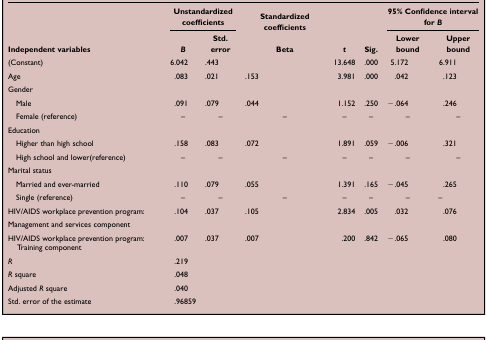
| <ROWSPAN=2> Independent variables | <COLSPAN=2> Unstandardized coefficients | Standardized coefficients | <ROWSPAN=2> t | <ROWSPAN=2> Sig. | <COLSPAN=2> 95% Confidence interval for B |
 | B | Std. error | Beta | Lower bound | Upper bound |
 | --- | --- | --- | --- | --- | --- | --- | --- |
 | (Constant) | 6.042 | .443 |  | 13.648 | .000 | 5.172 | 6.911 |
 | Age | .083 | .021 | .153 | 3.981 | .000 | .042 | .123 |
 | <COLSPAN=8> Gender |
 | Male | .091 | .079 | .044 | 1.152 | .250 | −.064 | .246 |
 | Female (reference) | – | – | – | – | – | – | – |
 | <COLSPAN=8> Education |
 | Higher than high school | .158 | .083 | .072 | 1.891 | .059 | −.006 | .321 |
 | High school and lower(reference) | – | – | – | – | – | – | – |
 | <COLSPAN=8> Marital status |
 | Married and ever-married | .110 | .079 | .055 | 1.391 | .165 | −.045 | .265 |
 | Single (reference) | – | – | – | – | – | – | – |
 | HIV/AIDS workplace prevention program: | .104 | .037 | .105 | 2.834 | .005 | .032 | .076 |
 | Management and services component |  |  |  |  |  |  |  |
 | HIV/AIDS workplace prevention program: Training component | .007 | .037 | .007 | .200 | .842 | −.065 | .080 |
 | R | .219 |  |  |  |  |  |  |
 | R square | .048 |  |  |  |  |  |  |
 | Adjusted R square | .040 |  |  |  |  |  |  |
 | Std. error of the estimate | .96859 |  |  |  |  |  |  |